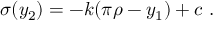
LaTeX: \sigma ( y _ { 2 } ) = - k ( \pi \rho - y _ { 1 } ) + c ~ . ~ \,